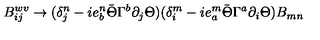
B _ { i j } ^ { w v } \rightarrow ( \delta _ { j } ^ { n } - i e _ { b } ^ { n } \bar { \Theta } \Gamma ^ { b } \partial _ { j } \Theta ) ( \delta _ { i } ^ { m } - i e _ { a } ^ { m } \bar { \Theta } \Gamma ^ { a } \partial _ { i } \Theta ) B _ { m n }